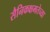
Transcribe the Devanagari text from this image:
सैनिकक्षमतेच्या